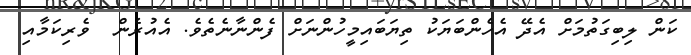
ކަން ލިބިގަތުމަށް އެދޭ އެހެންބަޔަކު ތިޔަބައިމީހުންނަށް ފެންނާނެތެވެ. އެއުރެން  ވެރިކަމާއި